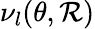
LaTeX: \nu_{l}(\theta,\mathcal{R})